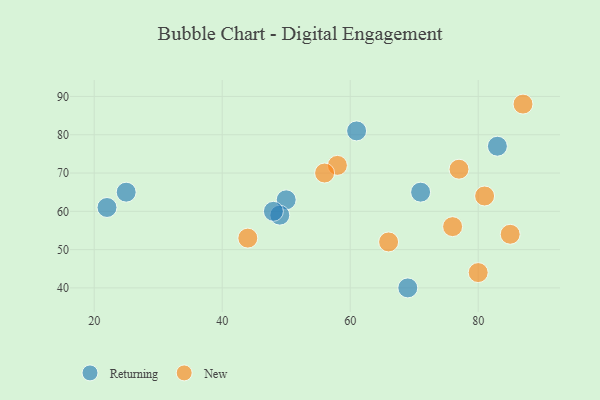
{"axis": {"x": "GDP", "y": "Life Expectancy"}, "legend": ["New", "Returning"], "data": [{"x": "50", "y": 63, "type": "Returning"}, {"x": "71", "y": 65, "type": "Returning"}, {"x": "49", "y": 59, "type": "Returning"}, {"x": "69", "y": 40, "type": "Returning"}, {"x": "25", "y": 65, "type": "Returning"}, {"x": "48", "y": 60, "type": "Returning"}, {"x": "83", "y": 77, "type": "Returning"}, {"x": "61", "y": 81, "type": "Returning"}, {"x": "22", "y": 61, "type": "Returning"}, {"x": "80", "y": 44, "type": "New"}, {"x": "58", "y": 72, "type": "New"}, {"x": "81", "y": 64, "type": "New"}, {"x": "85", "y": 54, "type": "New"}, {"x": "76", "y": 56, "type": "New"}, {"x": "77", "y": 71, "type": "New"}, {"x": "56", "y": 70, "type": "New"}, {"x": "87", "y": 88, "type": "New"}, {"x": "66", "y": 52, "type": "New"}, {"x": "44", "y": 53, "type": "New"}]}